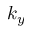
k _ { y }